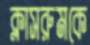
ক্লাসরুমকে